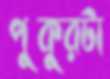
পুকুরটা